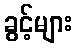
ခွင့်များ